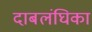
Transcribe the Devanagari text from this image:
दाबलंघिका